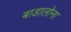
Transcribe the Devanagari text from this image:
बाडालोना